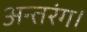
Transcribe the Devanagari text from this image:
अन्तरंग।